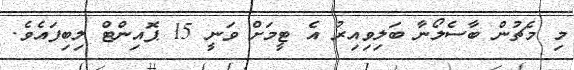
މި މެޗުން ބާސެލޯނާ ބަލިވިއިރު އެ ޓީމަށް ވަނީ 15 ޕޮއިންޓް ލިބިފައެވެ.